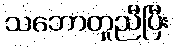
သဘောတူညီပြီး